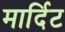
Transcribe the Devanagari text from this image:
मार्दिट